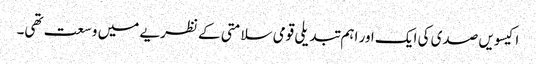
اکیسویں صدی کی ایک اور اہم تبدیلی قومی سلامتی کے نظریے میں وسعت تھی۔